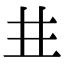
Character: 𠀎